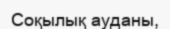
Соқылық ауданы,